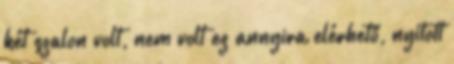
két szalon volt, nem volt ez annyira elérhető, nyitott